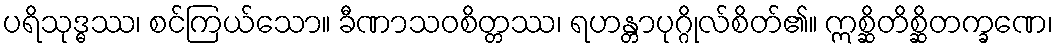
ပရိသုဒ္ဓဿ၊ စင်ကြယ်သော။ ခီဏာသဝစိတ္တဿ၊ ရဟန္တာပုဂ္ဂိုလ်စိတ်၏။ ဣစ္ဆိတိစ္ဆိတက္ခဏေ၊